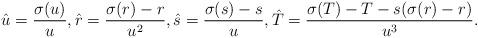
LaTeX: \begin{align*} \hat{u} = \frac{\sigma(u)}{u}, \hat{r} = \frac{\sigma(r) - r}{u^2},\hat{s} = \frac{\sigma(s)-s}{u}, \hat{T} = \frac{\sigma(T) - T - s(\sigma(r) - r)}{u^3}.\end{align*}